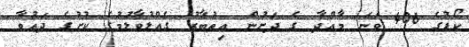
ކޯޑުގެ 406 ވަނަ މާއްދާ ގެ ދަށުން އިތުބާރު ގެއްލުވާލުމުގެ ކުށުގެ ދައުވާ